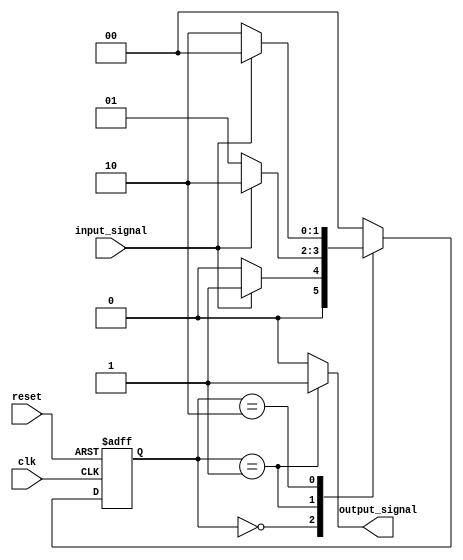
module state_machine (
  input wire clk,
  input wire reset,
  input wire input_signal,
  output reg output_signal
);

// Parameter definition for state encoding
parameter STATE_A = 2'b00;
parameter STATE_B = 2'b01;
parameter STATE_C = 2'b10;

// State register definition
reg [1:0] current_state, next_state;

always @(posedge clk or posedge reset) begin
  if (reset)
    current_state <= STATE_A;
  else
    current_state <= next_state;
end

always @* begin
  case(current_state)
    STATE_A: begin
      if (input_signal)
        next_state = STATE_B;
      else
        next_state = STATE_A;
    end
    STATE_B: begin
      if (input_signal)
        next_state = STATE_C;
      else
        next_state = STATE_B;
    end
    STATE_C: begin
      if (input_signal)
        next_state = STATE_A;
      else
        next_state = STATE_C;
    end
    default: next_state = STATE_A;
  endcase
end

// Output logic
always @* begin
  case(current_state)
    STATE_A: output_signal = 1'b0;
    STATE_B: output_signal = 1'b1;
    STATE_C: output_signal = 1'b0;
    default: output_signal = 1'b0;
  endcase
end

endmodule